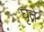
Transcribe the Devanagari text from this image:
घृते